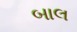
બાલ